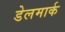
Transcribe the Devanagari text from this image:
डेलमार्क